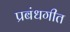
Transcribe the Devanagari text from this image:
प्रबंधगीत